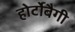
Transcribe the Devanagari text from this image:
होर्टोबैगी